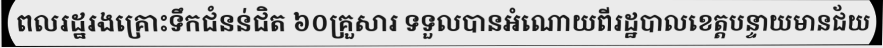
ពលរដ្ឋរងគ្រោះទឹកជំនន់ជិត ៦០គ្រួសារ ទទួលបានអំណោយពីរដ្ឋបាលខេត្តបន្ទាយមានជ័យ